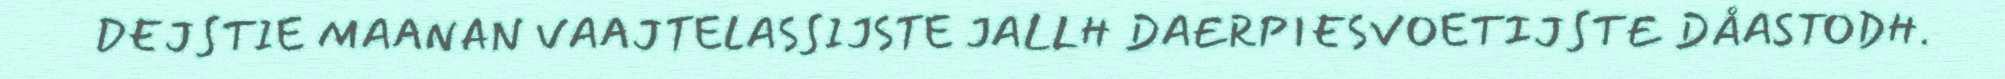
DEJSTIE MAANAN VAAJTELASSIJSTE JALLH DAERPIESVOETIJSTE DÅASTODH.